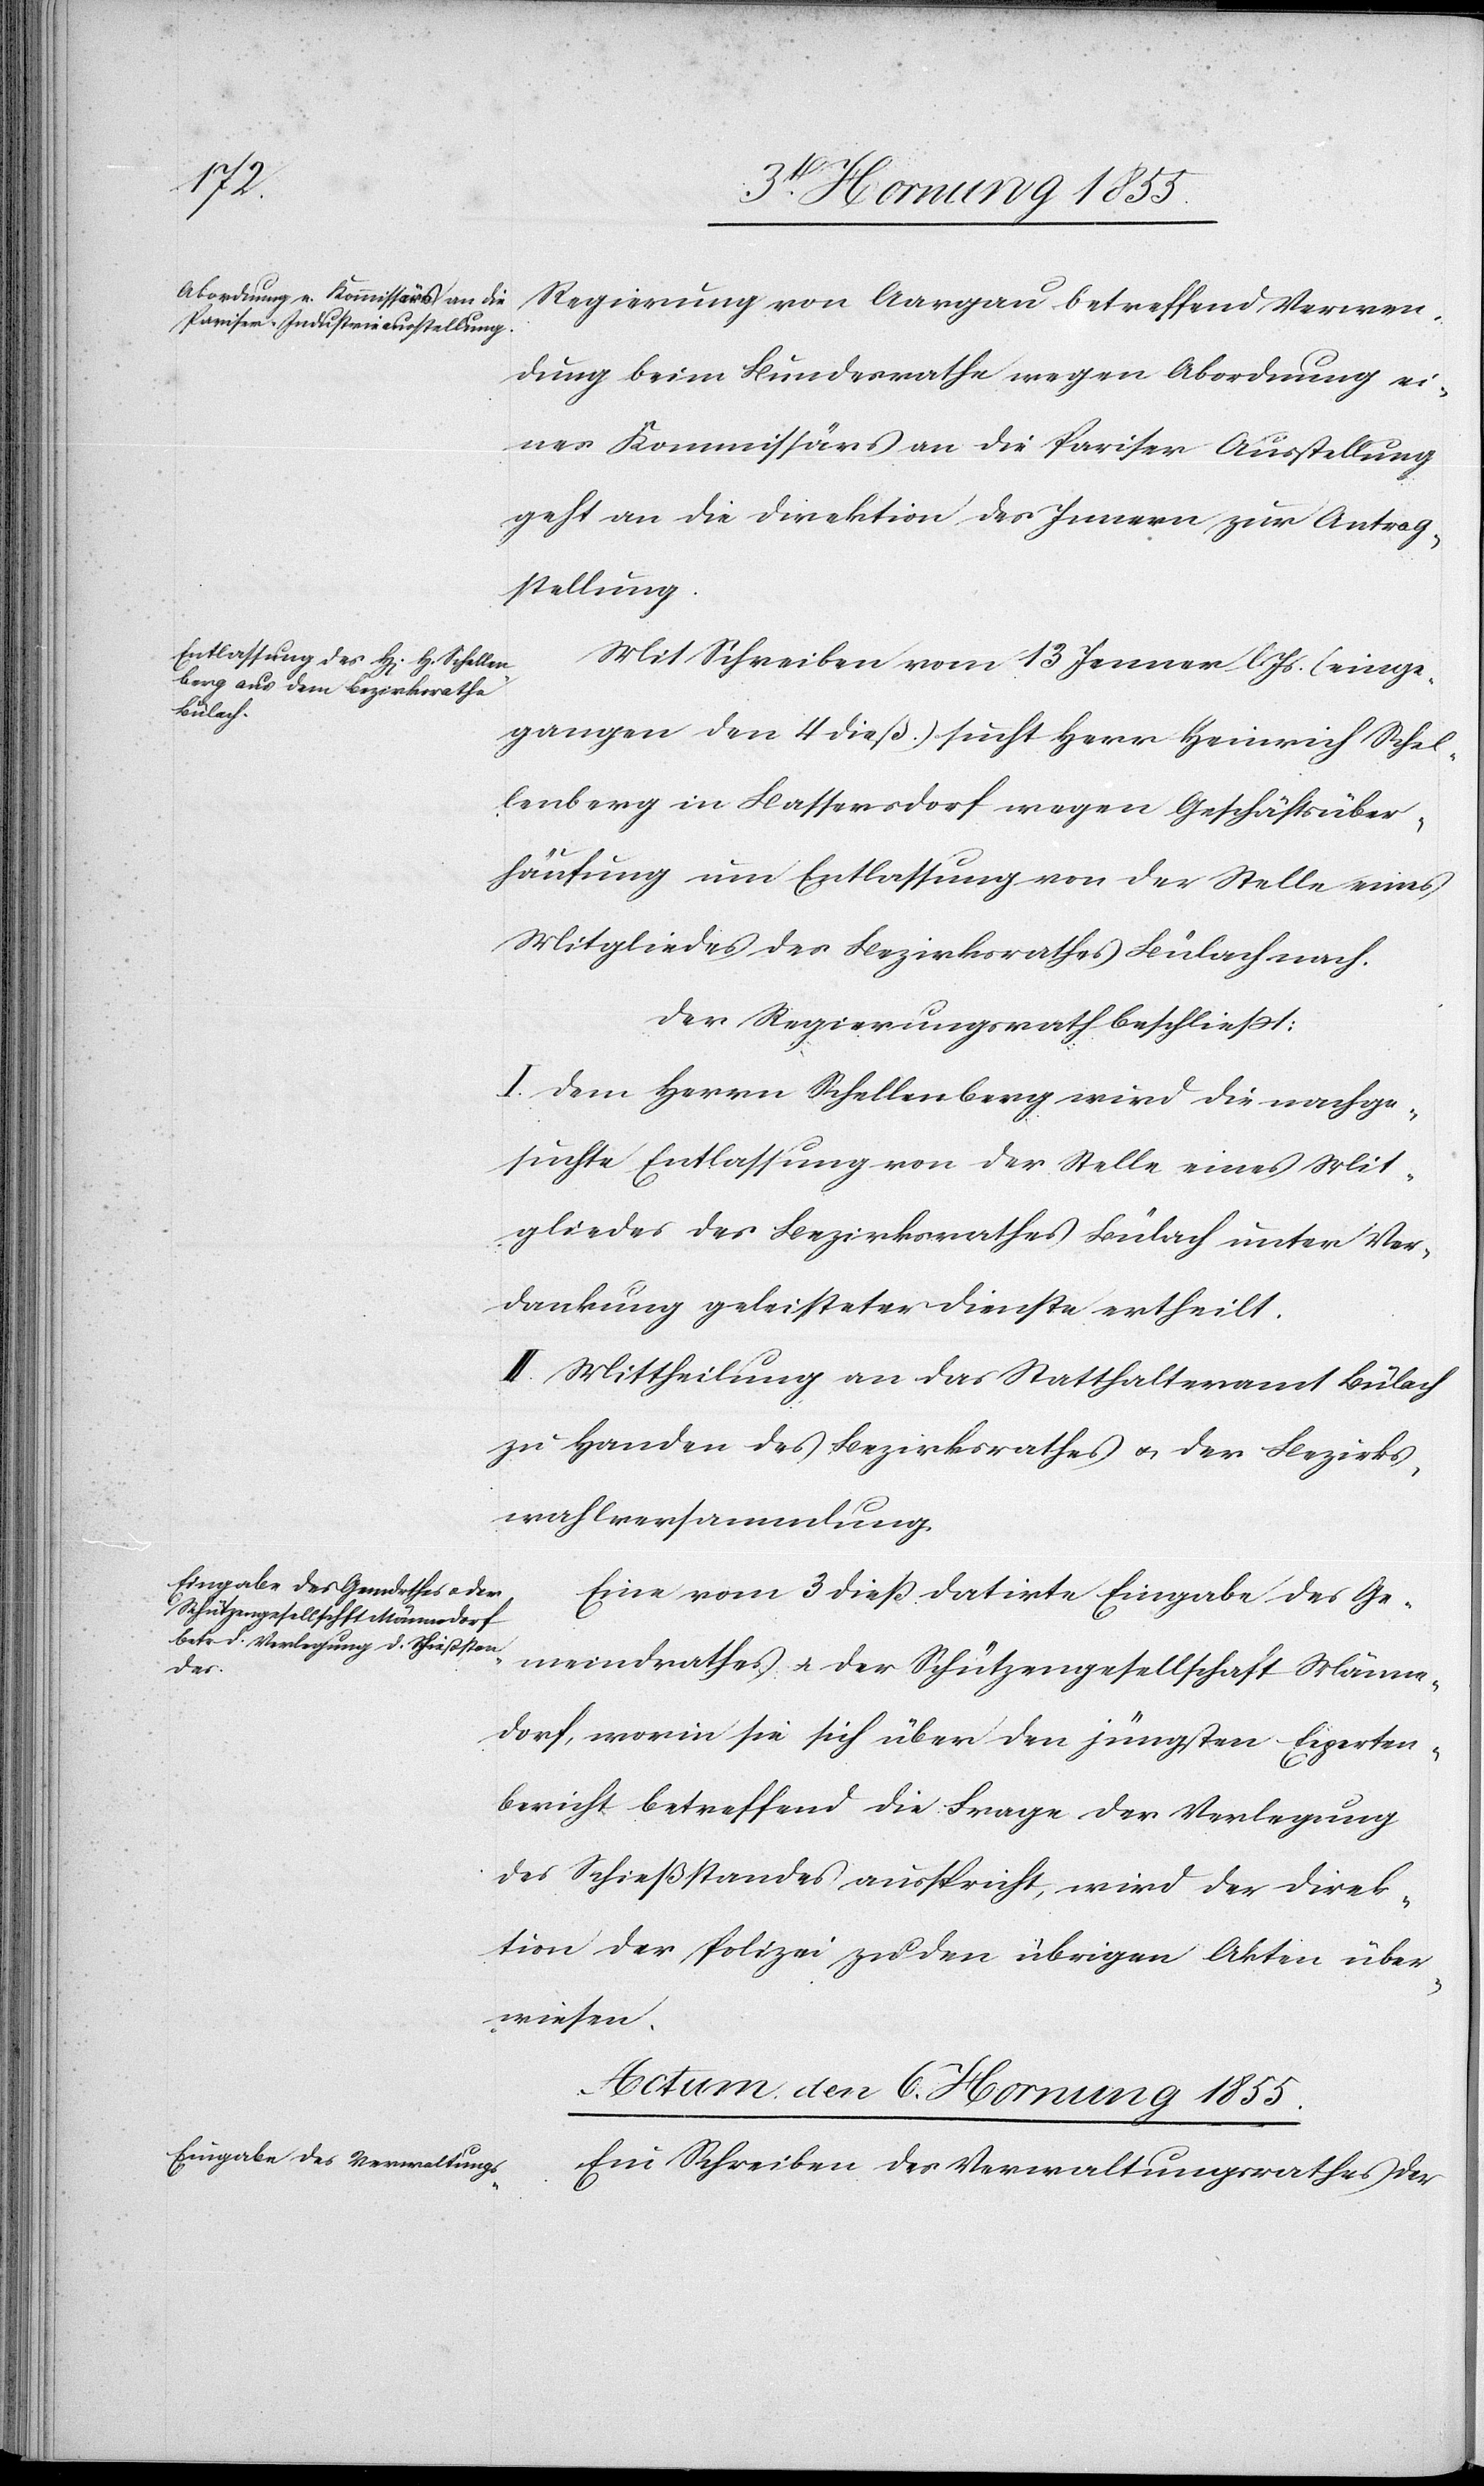
1855.]
den

Regierung von Aargau betreffend Verwen¬
dung beim Bundesrathe wegen Abordnung ei¬
nes Kommissärs an die Pariser Ausstellung
geht an die Direktion des Innern zur Antrag¬
stellung.
Mit Schreiben vom 13 Jenner l. Js. (einge¬
gangen den 4 dieß) sucht Herr Heinrich Schel¬
lenberg in Bassersdorf wegen Geschäftsüber¬
häufung um Entlassung von der Stelle eines
Mitgliedes des Bezirksrathes Bülach nach.
Der Regierungsrath beschliesst:
I. Dem Herrn Schellenberg wird die nachge¬
suchte Entlassung von der Stelle eines Mit¬
gliedes des Bezirksrathes Bülach unter Ver¬
dankung geleisteter Dienste ertheilt.
II. Mittheilung an das Statthalteramt Bülach
zu Handen des Bezirksrathes & der Bezirks¬
wahlversammlung.
Eine vom 3 dieß datirte Eingabe des Ge¬
meindrathes & der Schützengesellschaft Männe¬
dorf, worin sie sich über den jüngsten Experten¬
bericht betreffend die Frage der Verlegung
des Schießstandes ausspricht, wird der Direk¬
tion der Polizei zu den übrigen Akten über¬
wiesen.
Actum den 6. Hornung 1855.
Ein Schreiben des Verwaltungsrathes der